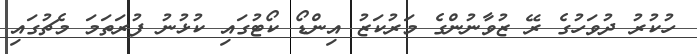
ހުކުރު ދުވަހުގެ ރޭ ޒުވާނުންގެ މަރުކަޒު އިންޑޯ ކޯޓުގައި ކުޅުނު ފުރަތަމަ މެޗުގައި